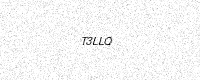
Text: T3LLQ